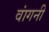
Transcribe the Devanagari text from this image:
वांगनी